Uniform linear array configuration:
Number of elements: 12
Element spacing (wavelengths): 0.5
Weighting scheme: kaiser
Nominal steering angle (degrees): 60
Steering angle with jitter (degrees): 58.967
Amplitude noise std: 0.05
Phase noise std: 0.05

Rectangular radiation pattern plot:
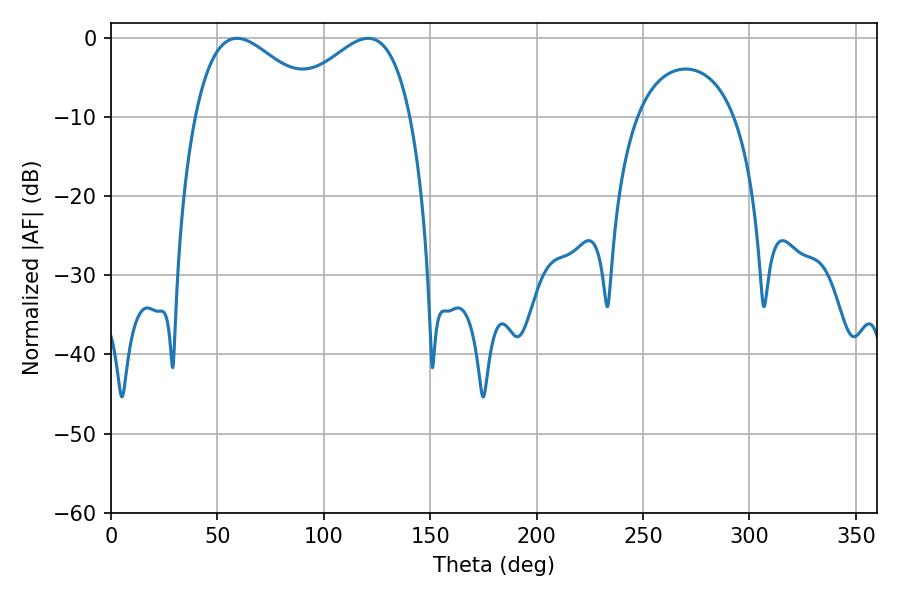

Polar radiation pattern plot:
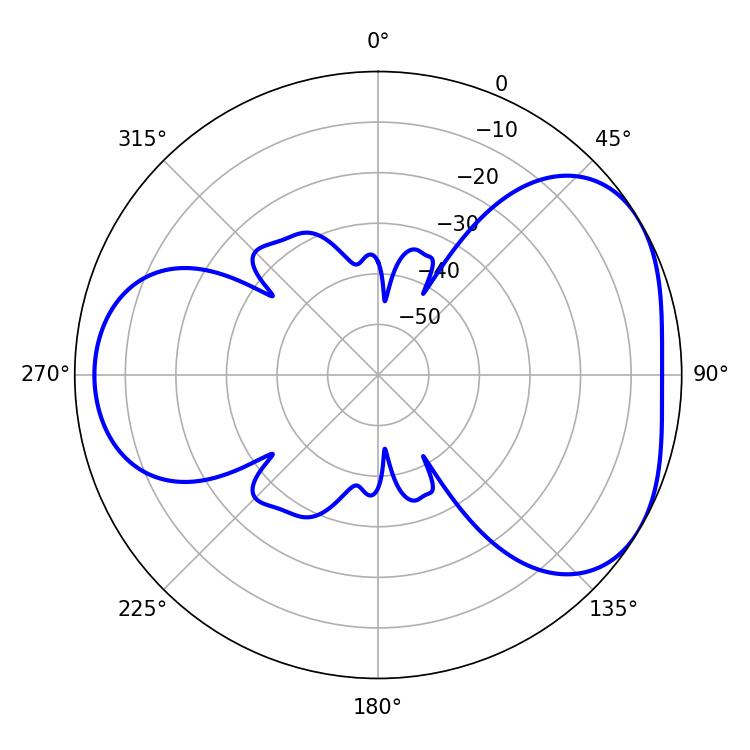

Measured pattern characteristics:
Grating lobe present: FALSE
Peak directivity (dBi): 4.2
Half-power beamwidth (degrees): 32.4
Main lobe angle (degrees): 59.22